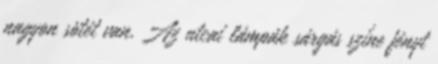
nagyon sötét van. Az utcai lámpák sárgás színe fényt